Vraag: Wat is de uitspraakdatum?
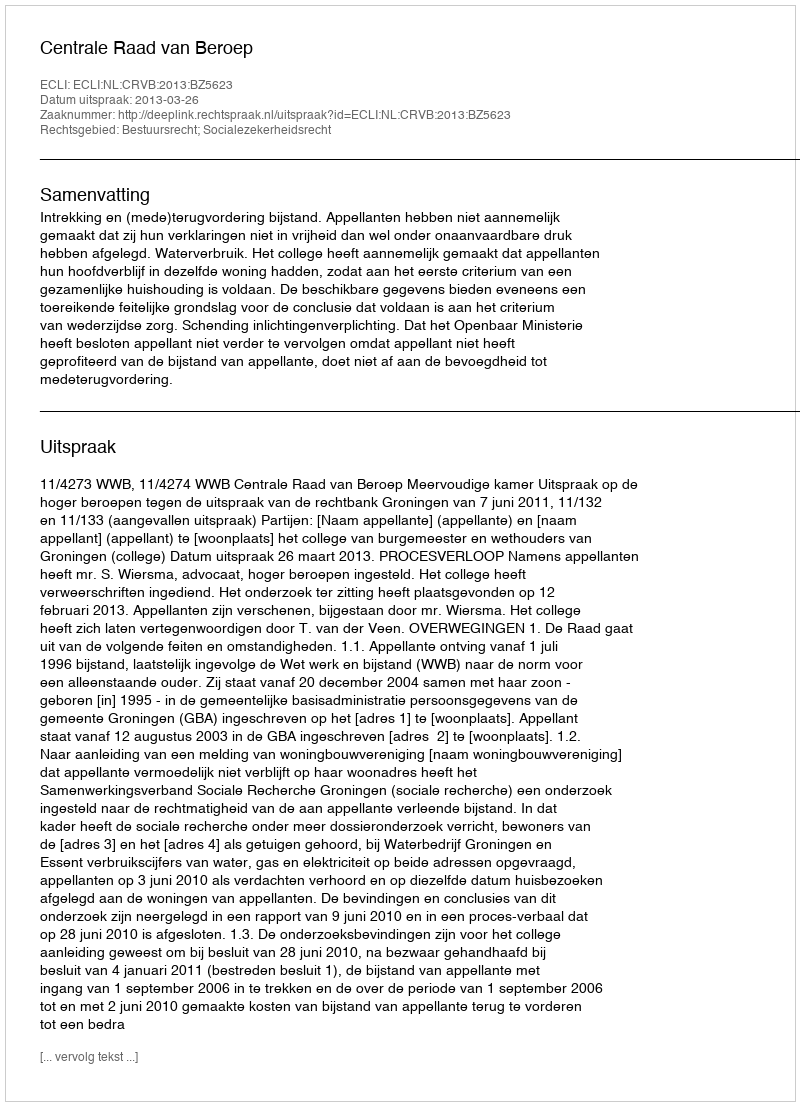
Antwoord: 2013-03-26